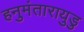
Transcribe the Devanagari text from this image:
हनुमंतारायुडु